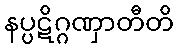
နပ္ပဋိဂ္ဂဏှာတီတိ